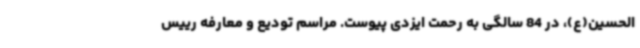
الحسین(ع)، در 84 سالگی به رحمت ایزدی پیوست. مراسم تودیع و معارفه رییس